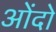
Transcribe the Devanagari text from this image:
ओंदो